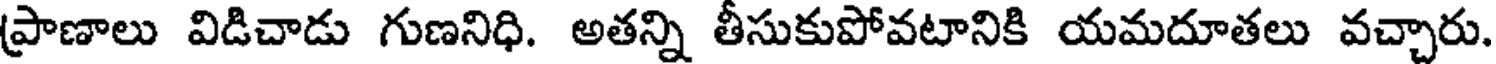
ప్రాణాలు విడిచాడు గుణనిధి. అతన్ని తీసుకుపోవటానికి యమదూతలు వచ్చారు.